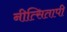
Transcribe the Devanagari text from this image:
नीत्सितापी